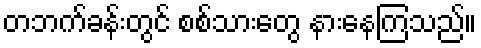
တဘက်ခန်းတွင် စစ်သားတွေ နားနေကြသည်။